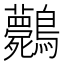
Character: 𪈘